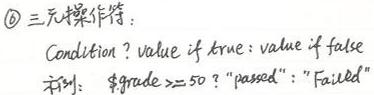
$\textcircled{6}$ 三元操作符：
Condition ? value if true : value if false
示例：$grade >= 50 ? "passed" : "Failed"$